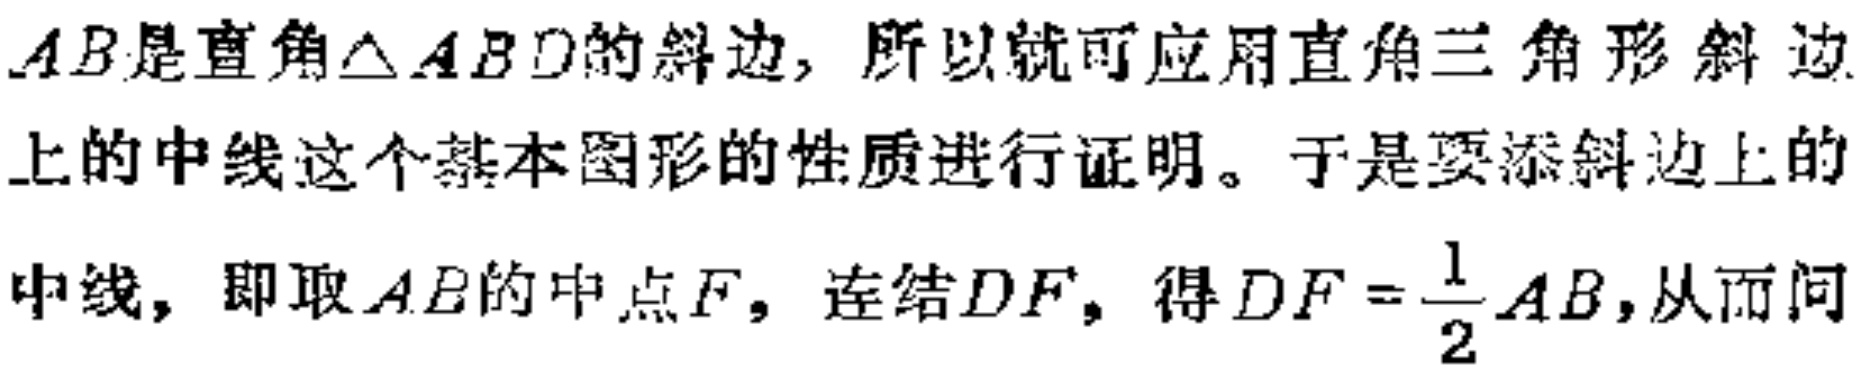
$AB是直角\triangle ABD的斜边, 所以就可应用直角三角形斜边$

$上的中线这个基本图形的性质进行证明。于是要添斜边上的$

$中线, 即取AB的中点F, 连结DF, 得DF = \frac{1}{2}AB, 从而问$